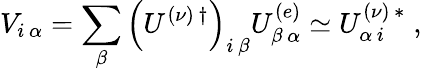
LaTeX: V_{i\, \alpha}=\sum_{\beta}\left(U^{(\nu)\, \dagger}\right)_{i\, \beta}U_{\beta\, \alpha}^{(e)}\simeq U_{\alpha\, i}^{(\nu)\, *}\; ,